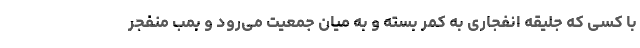
با کسی که جلیقه انفجاری به کمر بسته و به میان جمعیت می‌رود و بمب منفجر